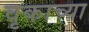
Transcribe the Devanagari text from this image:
वृकाच्या